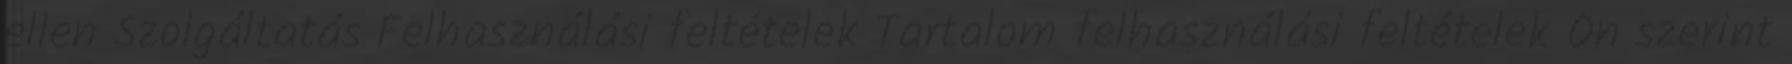
ellen Szolgáltatás Felhasználási feltételek Tartalom felhasználási feltételek Ön szerint